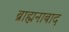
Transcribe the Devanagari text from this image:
ब्राह्मनाबाद